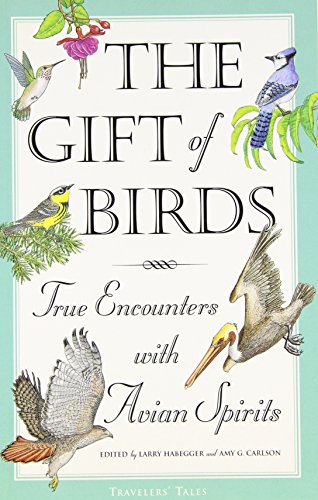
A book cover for The Gift of Birds: True Encounters with Avian Spirits (Travelers' Tales Guides); Travel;